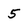
Character: 5